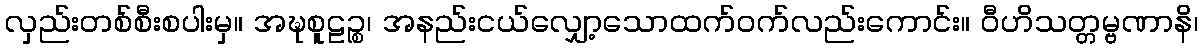
လှည်းတစ်စီးစပါးမှ။ အဍ္ဎစူဠဉ္စ၊ အနည်းငယ်လျှော့သောထက်ဝက်လည်းကောင်း။ ဝီဟိသတ္တမ္ဗဏာနိ၊